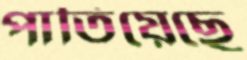
পাতিয়েছে